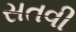
સતવી